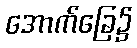
အောက်ခြေ၌